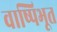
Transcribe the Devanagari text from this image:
वाष्पिभूत